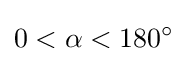
0<\alpha <180^{\circ }